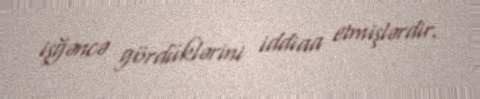
işğəncə gördüklərini iddiaa etmişlərdir.